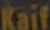
Kaif